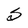
Character: S